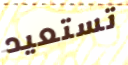
تستعيد